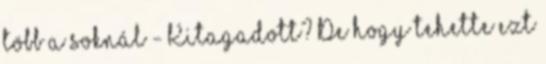
több a soknál - Kitagadott? De hogy tehette ezt